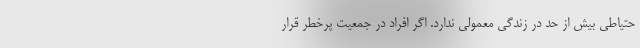
حتیاطی بیش از حد در زندگی معمولی ندارد. اگر افراد در جمعیت پرخطر قرار